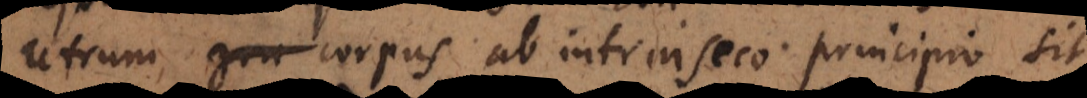
utrum gra corpus ab intrinseco principio sit